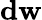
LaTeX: \mathbf{dw}